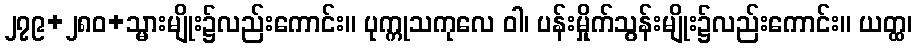
၂၇၉+၂၈၀+သ္မားမျိုး၌လည်းကောင်း။ ပုက္ကုသကုလေ ဝါ၊ ပန်းမှိုက်သွန်းမျိုး၌လည်းကောင်း။ ယတ္ထ၊